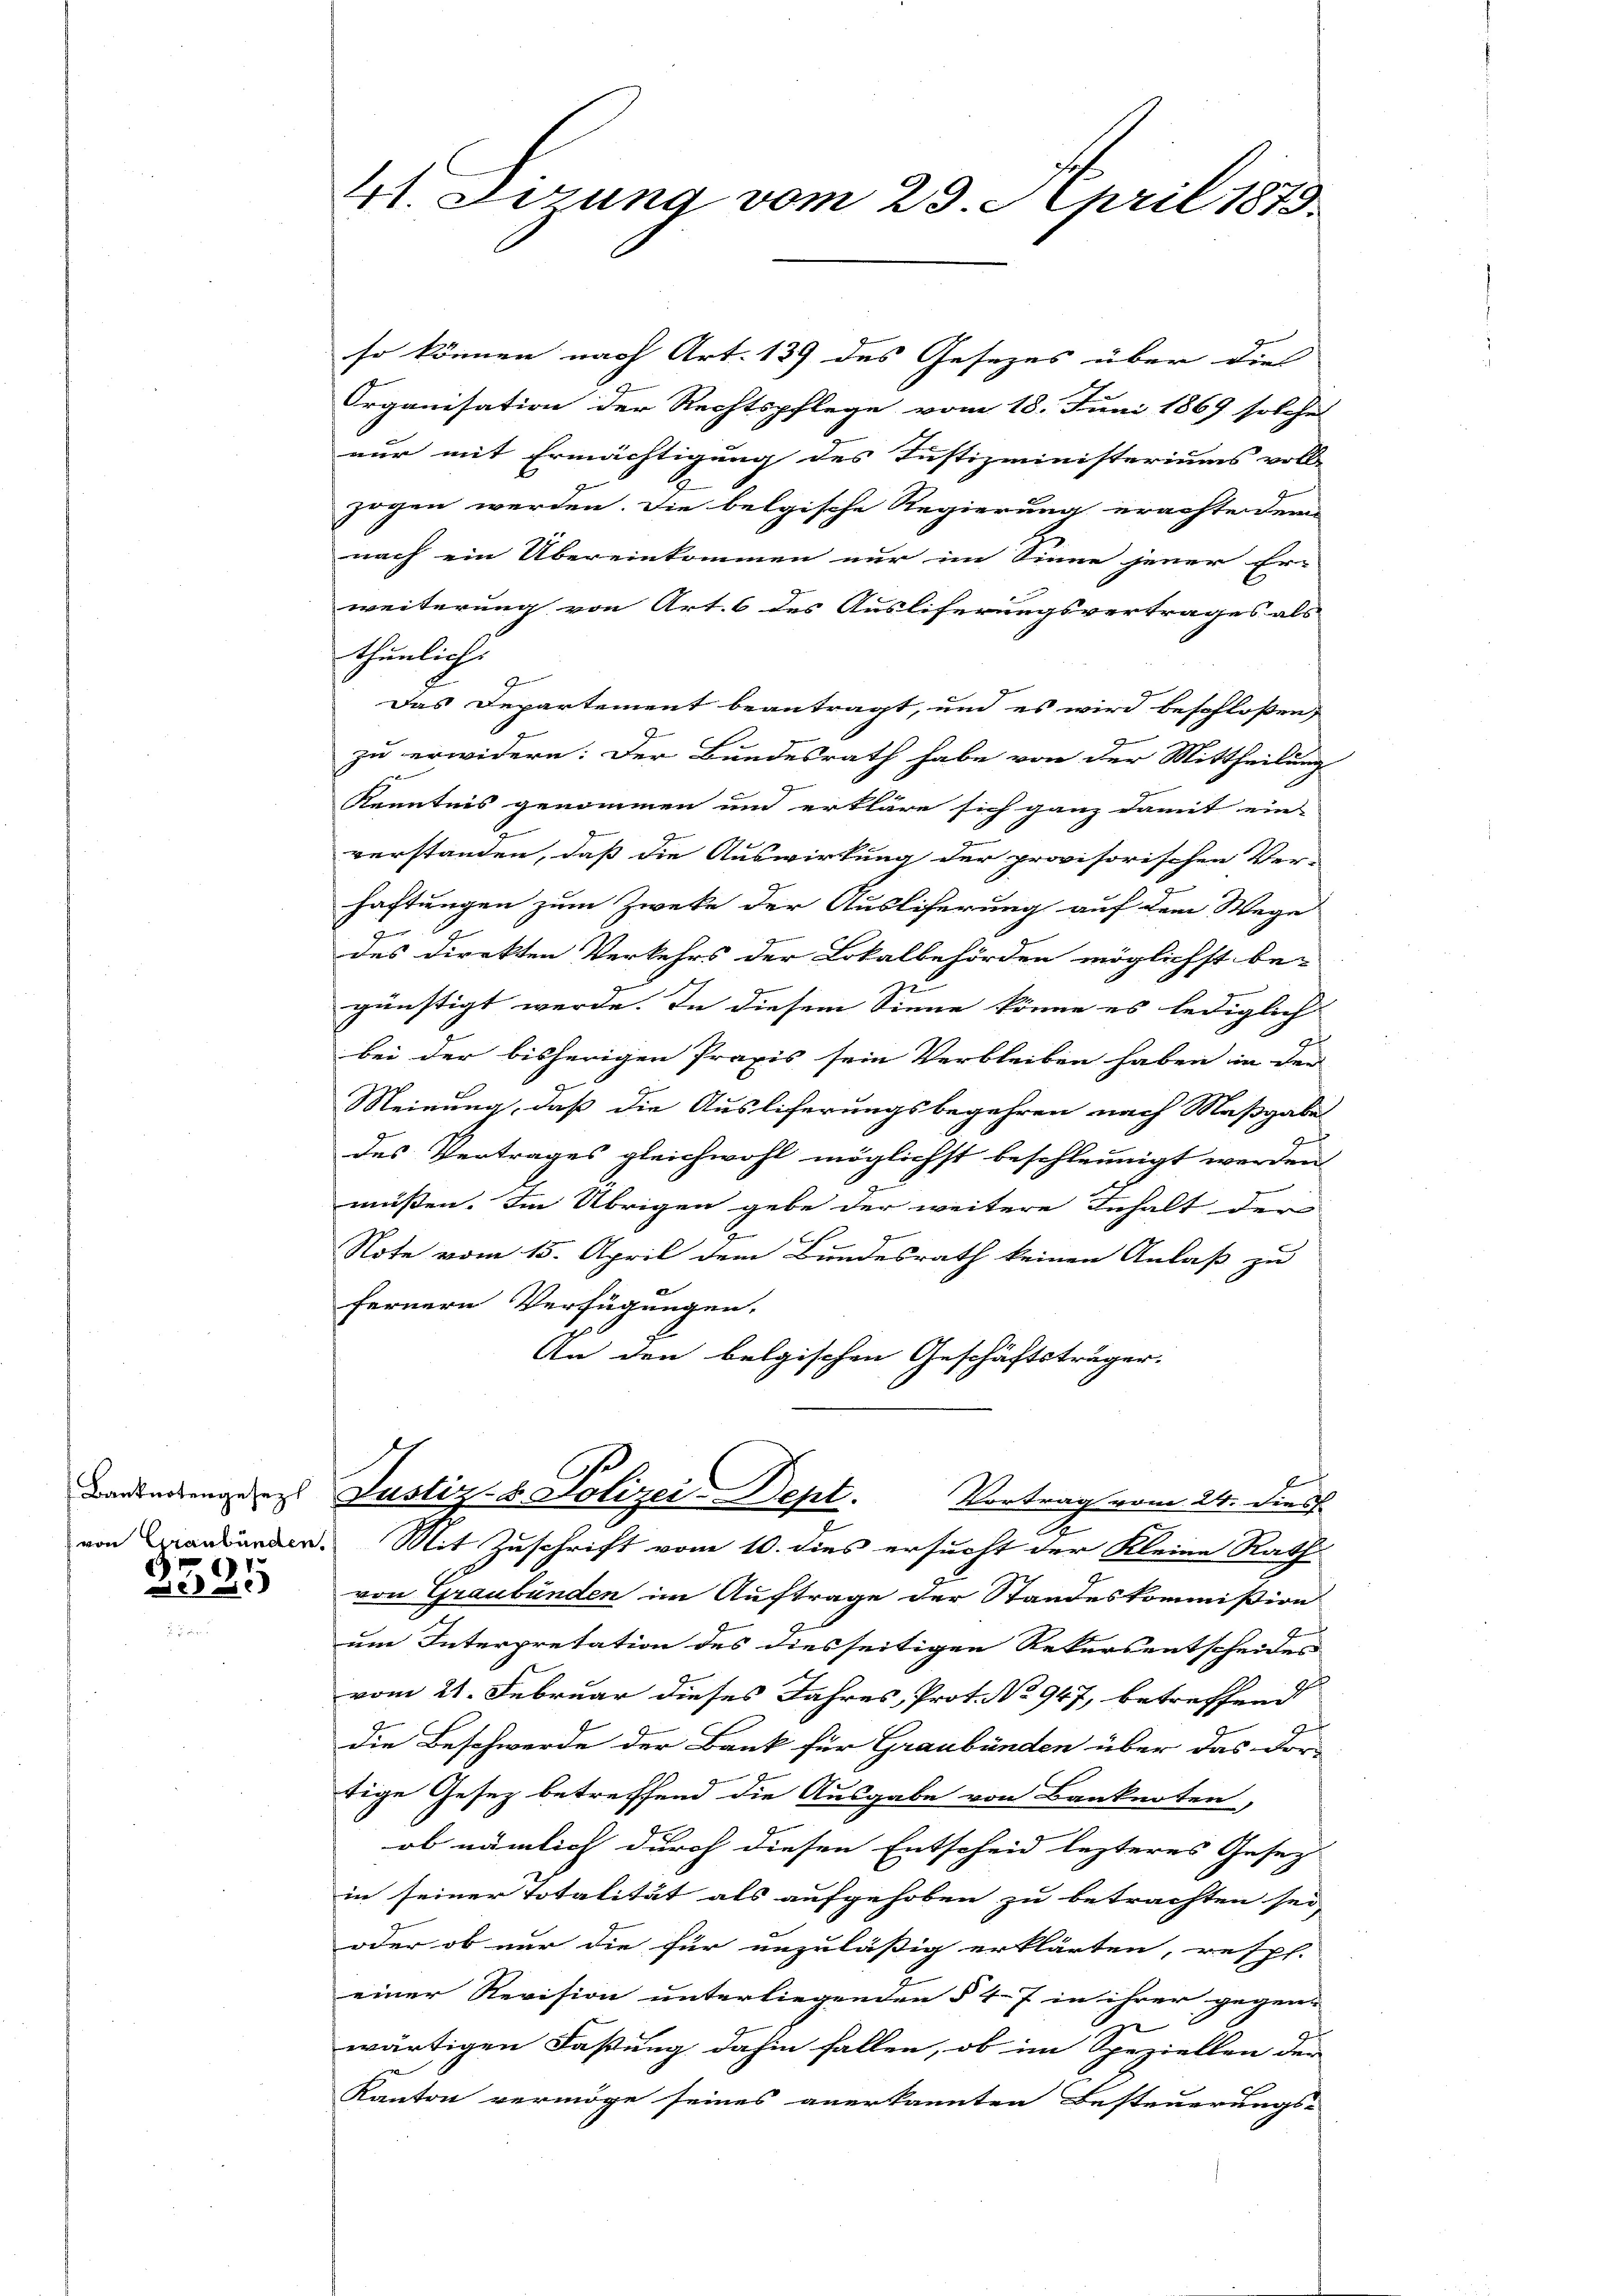
2335

41. Dirung vom 23. April 1873.

so können nach Art. 139 des Gesezes über die
Organisation der Rechtspflege vom 18. Juni 1869 solche
nur mit Ermächtigung des Justizministeriums voll-
zogen werden. Die belgische Regierung erachtendem
nach ein Übereinkommen nur im Sinne jener Er-
weiterung von Art. 6 des Ausliferungsvertrages als |
thunlich
G
Das Departement beantragt, und es wird beschloßen,
zu erwidern: Der Bundesrath habe von der Mittheilung
Kenntnis genommen und erkläre sich ganz damit ein-
verstanden, daß die Auswirkung der provisorischen Ver-
haftungen zum Zwecke der Ausliferung auf dem Wege
des Direkten Verkehrs der Lokalbehörden möglichst be-
günstigt werde. In diesem Sinne könne es lediglich
bei der bisherigen Praxis sein Verbleiben haben in der
Meinung, daß die Ausliferungsbegehren nach Maßgabe
des Vertrages gleichwohl möglichst beschleunigt werden
müssen. Im Übrigen gebe der weitere Inhalt der
Note vom 15. April dem Bundesrath keinen Anlaß zu
fernern Verfügungen.
An den belgischen Geschäftsträger.
f
Bandertengeres Justiz- & Polizei-Dept. Vortrag vom 24. dies
A
von Handänden. Mit Zuschrift vom 10. dies ersucht der Kleine Rath
von Graubünden im Auftrage der Standeskommission
um Interpretation des diesseitigen Rekurs entscheides
vom 21. Februar dieses Jahres, Prot. No 947, betreffend
die Beschwerde der Bank für Graubünden über das Dor-
tige Gesetz betreffend die Ausgabe von Banknoten,
ob nämlich durch diesen Entscheid lezteres Gesez
in seiner Totalität als aufgehoben zu betrachten sei
oder ob nur die für unzuläßig erklärten, resp.
einer Revision unterliegenden § 47 in ihrer gegen-
n
wärtigen Faßung dahin fallen, ob im Speziellen der
Kanton vermöge seines anerkannten Besteuerungs-